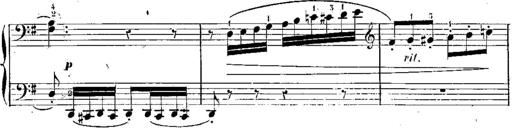
Title: 3 Piano Sonatines
Composer: Jacques-Louis Battmann
Key: C major
 G major
 F major